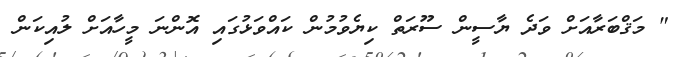
" މަޤްބަރާއަށް ވަދެ ޔާސީން ސޫރަތް ކިޔެވުމުން ކައްވަޅުގައި އޮންނަ މީހާއަށް ލުއިކަން